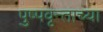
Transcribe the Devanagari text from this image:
पुष्पवृन्ताच्या